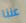
عننا